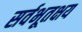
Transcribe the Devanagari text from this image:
सर्वभूतक्षय